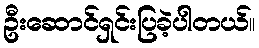
ဦးဆောင်ရှင်းပြခဲ့ပါတယ်။